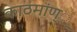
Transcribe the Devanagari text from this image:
काठमांण्ु